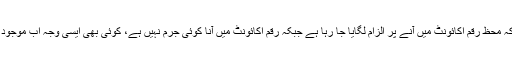
دوران سماعت ملزمان کے وکیل کا کہنا تھا کہ محظ رقم اکائونٹ میں آنے پر الزام لگایا جا رہا ہے جبکہ رقم اکائونٹ میں آنا کوئی جرم نہیں ہے، کوئی بھی ایسی وجہ اب موجود نہیں کہ ملزموں کا جسمانی ریمانڈ دیا جائے۔